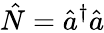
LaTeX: \hat{N}=\hat{a}^{\dagger}\hat{a}